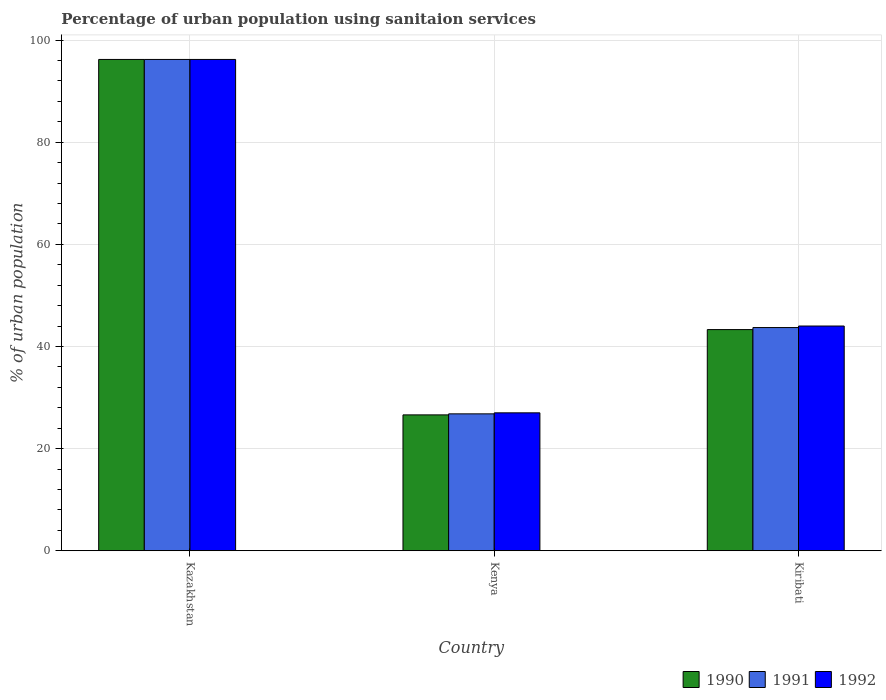
| Country | 1990 | 1991 | 1992 |
 | --- | --- | --- | --- |
 | Kazakhstan | 96.2 | 96.2 | 96.2 |
 | Kenya | 26.6 | 26.8 | 27 |
 | Kiribati | 43.3 | 43.7 | 44 |